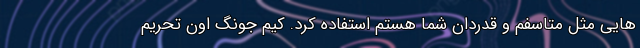
هایی مثل متاسفم و قدردان شما هستم استفاده کرد. کیم جونگ اون تحریم